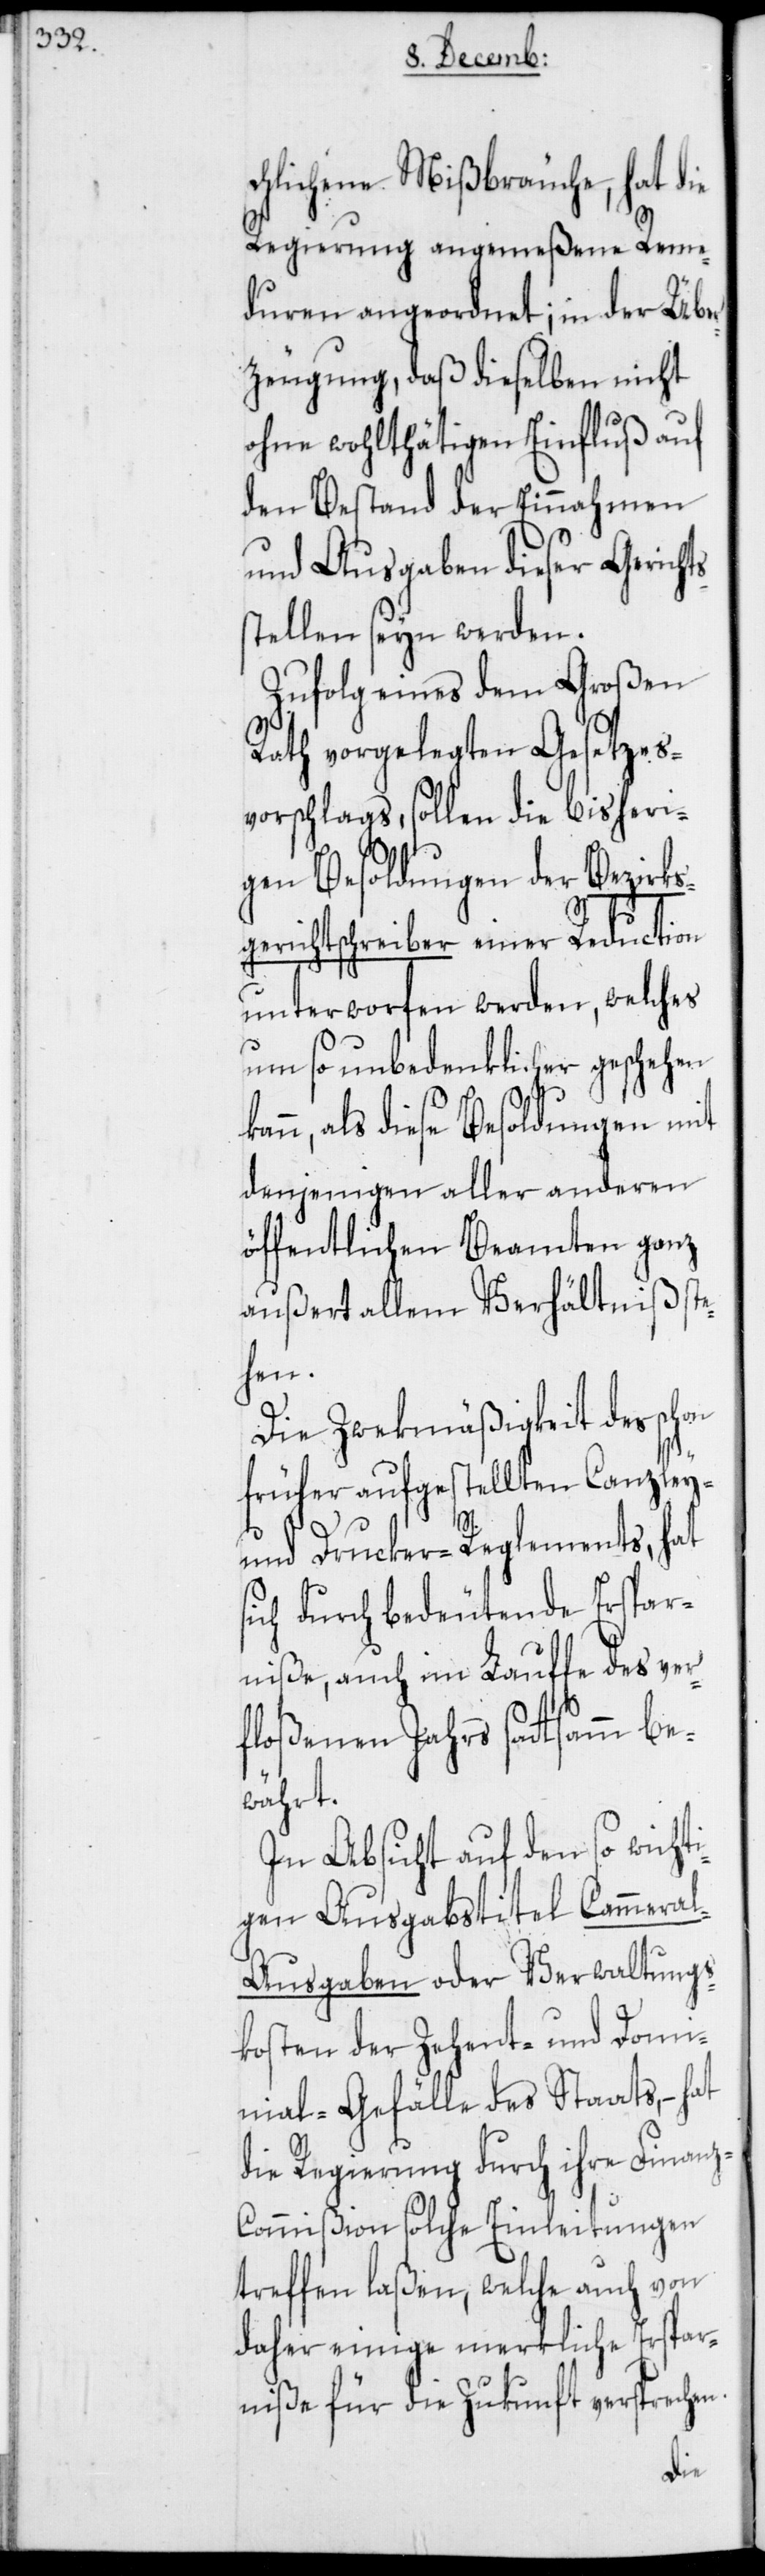
chlichene Mißbräuche, hat die
Regierung angemeßene Reme¬
duren angeordnet; in der Übe¬
rzeugung, daß dieselben nicht
ohne wohlthätigen Einfluß auf
den Bestand der Einnahmen
und Ausgaben dieser Gericht¬
stellen seyn werden.
Zufolg eines dem Großen
Rath vorgelegten Gesetzes¬
vorschlags, sollen die bisheri¬
gen Besoldungen der Bezirks¬
gerichtschreiber einer Reduction
unterworfen werden, welches
um so unbedenklicher geschehen
als diese Besoldungen mit
denjenigen aller anderen
öffentlichen Beamten ganz
außert allem Verhältniß st¬
ehen.
Die Zwekmäßigkeit des schon
früher aufgestellten Canzley-
s¬
und Drucker-Reglements, hat
sich durch bedeutende Erspar¬
niße, auch im Lauffe des ver¬
floßenen Jahrs sattsamm be¬
währt.
In Absicht auf den so wicht¬
igen Ausgabstitel Cammera¬
l-Ausgaben oder Verwaltungs¬
kosten der Zehent- und Domi¬
nial-Gefälle des Staats, – hat
die Regierung durch ihre Finanz-C¬
ommißion solche Einleitungen
treffen laßen, welche auch von
daher einige merkliche Erspar¬
niße für die Zukunft versprechen.